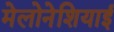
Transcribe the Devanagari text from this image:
मेलोनेशियाई